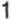
1